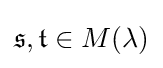
{\mathfrak {s}},{\mathfrak {t}}\in M(\lambda )